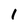
Character: l